Report on sanitation, dispensaries, and jails in Rajputana for 1910, and on vaccination for the year 1910-1911 - 1910-1911
Year: 1910
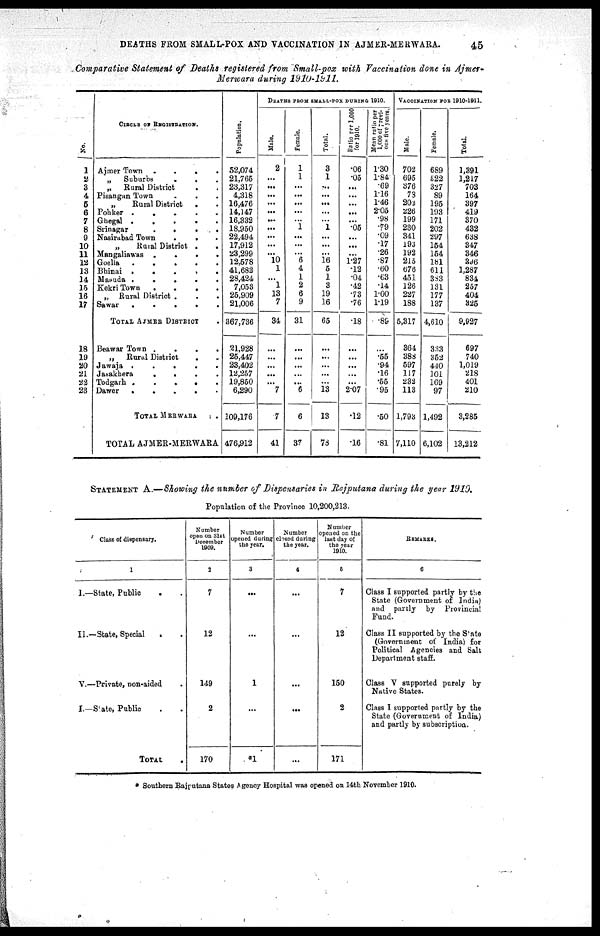
DEATHS FROM SMALL-POX AND VACCINATION IN AJMER-MERWARA.
45
Comparative Statement of Deaths registered from Small-pox with Vaccination done in Ajmer¬
Merwara during 1910-1911.
No.
1
2
3
4
5
6
7
8
9
10
11
12
13
14
15
16
17
18
19
20
21
22
23
CIRCLE OF REGISTRATION.
Ajmer Town
....
„ Suburbs
.
.
„ Rural District
.
Pisangan Town
„
Rural District
.
Pohker
Ghegal .
.
Srinagar
.
.
.
Nasirabad Town
.
.
„
Rural District .
.
Mangaliawas
.
.
.
Goella
.
.
.
.
Bhinai
.....
Masuda .
.
.
.
.
Kekri Town
....
„ Rural District .
.
.
Sawar
.
.
.
.
.
TOTAL AJMER DISTRICT
Beawar Town
....
„
Rural District
.
Jawaja .
.
.
Jasakhera
.
.
.
Todgarh
Dawer .
.
.
.
TOTAL MERWARA
TOTAL AJMER-MERWARA
Population.
52,074
21,765
23,317
4,318
16,476
14,147
16,332
18,950
22,494
17,912
23,299
12,578
41,682
28,424
7,053
25,909
21,006
367,736
21,928
25,447
23,402
12,257
19,850
6,290
109,176
476,912
DEATHS FROM SMALL-POX DURING 1910.
Male.
2
...
...
...
...
...
...
...
...
...
...
10
1
...
1
13
7
34
...
...
. ..
...
...
7
7
41
Female.
1
1
...
...
...
...
...
1
...
...
...
6
4
1
2
6
9
31
...
...
...
...
...
6
6
37
Total.
3
1
...
...
...
...
...
1
...
...
...
16
5
1
3
19
16
65
...
...
...
...
...
13
13
78
Ratio per 1,000
for 1910.
.06
.05
...
...
...
...
...
.05
...
...
...
1.27
.12
.04
.42
.73
.76
.18
...
...
...
...
...
2.07
.12
.16
Mean ratio per
1,000 of previ¬
ous five years.
1.30
1.84
.69
1.16
1.46
2.05
.98
.79
.09
.17
.26
.87
.60
.63
.14
1.00
1.19
.89
...
.55
.94
.16
.55
.95
.50
.81
VACCINATION FOR 1910-1911.
Male.
702
695
376
73
202
226
199
230
341
193
192
2l0
676
451
126
227
188
5,317
364
388
597
117
232
113
1,793
7,110
Female.
689
522
327
89
195
193
171
202
297
154
154
181
611
383
131
177
137
4,610
333
352
410
101
169
97
1,492
6,102
Total.
1,391
1,217
703
164
397
419
370
432
638
347
346
396
1,287
834
257
404
325
9,927
697
740
1,019
218
401
210
3,285
13,212
STATEMENT A.—Showing the number of Dispensaries in Rajputana during the year 1910.
Population of the Province 10,200,213.
Class of dispensary.
1
I.—State, Public . .
II .—State, Special
. .
V.—Private, non-aided .
I.—State, Public. . .
TOTAL .
Number
open on 31st
December
1909.
2
7
12
149
2
170
Number
opened during
the year.
3
...
...
1
...
*1
Number
closed during
the year.
4
...
...
...
...
...
Number
opened on the
last day of
the year
1910.
5
7
12
150
2
171
REMARKS.
6
Class I supported partly by the
State (Government of India)
and partly by Provincial
Fund.
Class II supported by the State
(Government of India) for
Political Agencies and Salt
Department staff.
Class V supported purely by
Native States.
Class I supported partly by the
State (Government of India)
and partly by subscription.
* Southern Rajputana States Agency Hospital was opened on 14th November 1910.